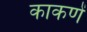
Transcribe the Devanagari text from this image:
काकणें